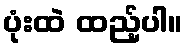
ပုံးထဲ ထည့်ပါ။